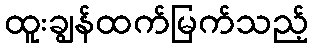
ထူးချွန်ထက်မြက်သည့်